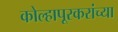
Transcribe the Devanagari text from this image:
कोल्हापूरकरांच्या